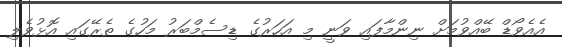
އެއެވޯޑް ބޭއްވުމަށް ނިންމާފައި ވަނީ މި އަހަރުގެ ޑިސެމްބަރު މަހުގެ ތެރޭގައި އޮޅުވެލި